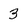
Character: 3